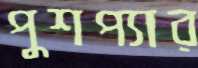
পুশপ্যার